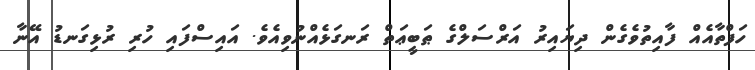
ހަފްތާއެއް ފާއިތުވެގެން ދިޔައިރު އަރްސަލްގެ ޠަބީޢަތް ރަނގަޅެއްނުވިއެވެ. އައިސްފައި ހުރި ރުޅިގަނޑު އޭނާ